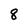
Character: 8